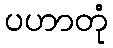
ပဟာတုံ